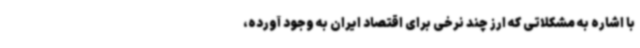
با اشاره به مشکلاتی که ارز چند نرخی برای اقتصاد ایران به وجود آورده،